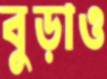
বুড়াও